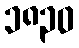
၁၈၃၀